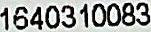
1640310083